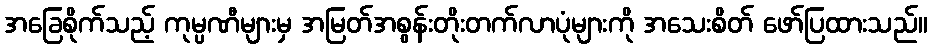
အခြေစိုက်သည့် ကုမ္ပဏီများမှ အမြတ်အစွန်းတိုးတက်လာပုံများကို အသေးစိတ် ဖော်ပြထားသည်။